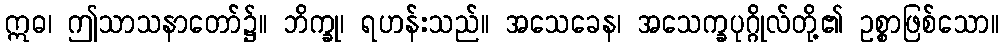
ဣဓ၊ ဤသာသနာတော်၌။ ဘိက္ခု၊ ရဟန်းသည်။ အသေခေန၊ အသေက္ခပုဂ္ဂိုလ်တို့၏ ဥစ္စာဖြစ်သော။